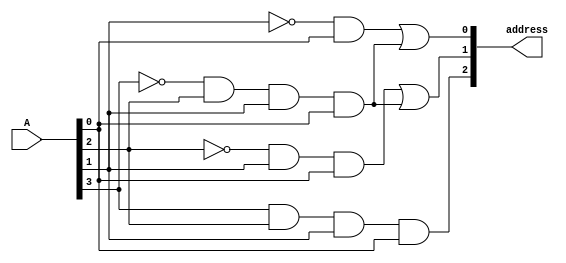
`timescale 1ns / 1ps
//////////////////////////////////////////////////////////////////////////////////
// Company: 
// Engineer: 
// 
// Design Name: 
// Module Name:    next_zero 
// Project Name: 
// Target Devices: 
// Tool versions: 
// Description: 
//
// Dependencies: 
//
// Revision: 
// Revision 0.01 - File Created
// Additional Comments: 
//
//////////////////////////////////////////////////////////////////////////////////
module next_zero(
    input [3:0] A,
    output [2:0] address
    );
	 assign address[0] = ~A[1] & A[0] | ~A[3] & A[2] & A[1] & A[0];
    assign address[1] = ~A[2] & A[1] & A[0] | ~A[3] & A[2] & A[1] & A[0];
    assign address[2] = A[3] & A[2] & A[1] & A[0]; // no zero is found in the number (0)1111
endmodule